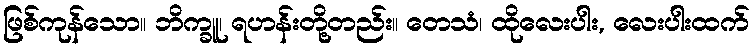
ဖြစ်ကုန်သော။ ဘိက္ခူ၊ ရဟန်းတို့တည်း။ တေသံ၊ ထိုလေးပါး, လေးပါးထက်